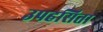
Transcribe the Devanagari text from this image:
उपहसिता